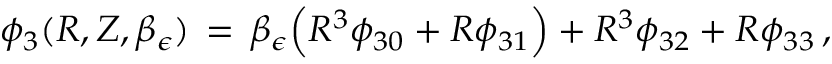
\phi _ { 3 } ( R , Z , \beta _ { \epsilon } ) \, = \, \beta _ { \epsilon } \Bigl ( R ^ { 3 } \phi _ { 3 0 } + R \phi _ { 3 1 } \Bigr ) + R ^ { 3 } \phi _ { 3 2 } + R \phi _ { 3 3 } \, ,